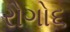
રોગો૬